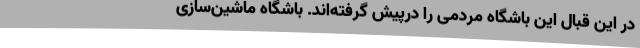
در این قبال این باشگاه مردمی را درپیش گرفته‌اند. باشگاه ماشین‌سازی